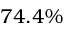
7 4 . 4 \%